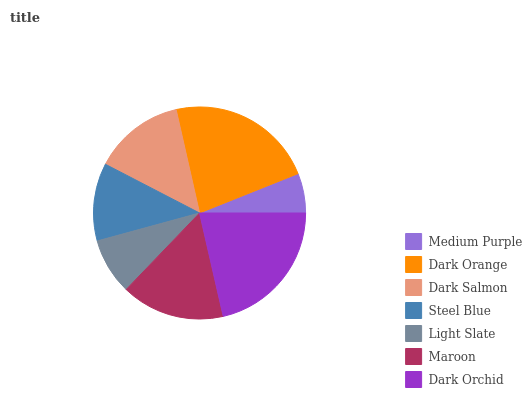
| Medium Purple | Dark Orange | Dark Salmon | Steel Blue | Light Slate | Maroon | Dark Orchid |
 | --- | --- | --- | --- | --- | --- | --- |
 | 6.05% | 22.4% | 13.8% | 11.8% | 8.59% | 15.7% | 21.5% |